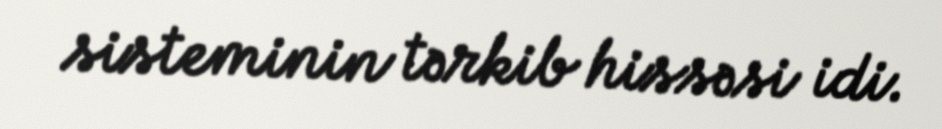
sisteminin tərkib hissəsi idi.